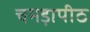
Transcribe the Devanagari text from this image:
चमड़ापीठ